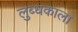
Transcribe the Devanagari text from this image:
लुब्धकाला